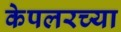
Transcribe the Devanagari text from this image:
केपलरच्या